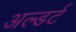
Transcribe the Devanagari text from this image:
अल्डर्ट